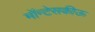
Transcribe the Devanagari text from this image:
मॉन्टेसकीऊ